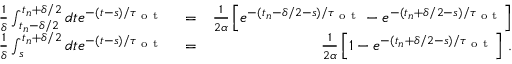
\begin{array} { r l r } { \frac { 1 } { \delta } \int _ { t _ { n } - \delta / 2 } ^ { t _ { n } + \delta / 2 } d t e ^ { - ( t - s ) / \tau _ { \mathrm { ~ o ~ t ~ } } } } & { { } = } & { \frac { 1 } { 2 \alpha } \left[ e ^ { - ( t _ { n } - \delta / 2 - s ) / \tau _ { \mathrm { ~ o ~ t ~ } } } - e ^ { - ( t _ { n } + \delta / 2 - s ) / \tau _ { \mathrm { ~ o ~ t ~ } } } \right] } \\ { \frac { 1 } { \delta } \int _ { s } ^ { t _ { n } + \delta / 2 } d t e ^ { - ( t - s ) / \tau _ { \mathrm { ~ o ~ t ~ } } } } & { { } = } & { \frac { 1 } { 2 \alpha } \left[ 1 - e ^ { - ( t _ { n } + \delta / 2 - s ) / \tau _ { \mathrm { ~ o ~ t ~ } } } \right] \, . } \end{array}